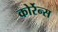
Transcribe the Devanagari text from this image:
कोर्रेन्स